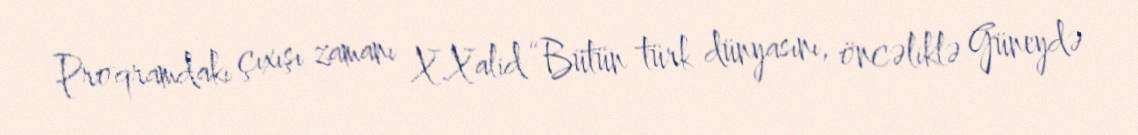
Proqramdakı çıxışı zamanı X.Xalid “Bütün türk dünyasını, öncəliklə Güneydə